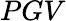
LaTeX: PGV